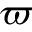
\varpi